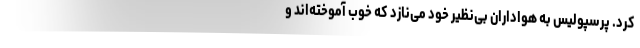
کرد. پرسپولیس به هواداران بی‌نظیر خود می‌نازد که خوب ‌آموخته‌اند و